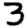
Digit: 3